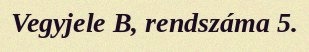
Vegyjele B, rendszáma 5.